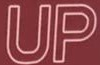
UP